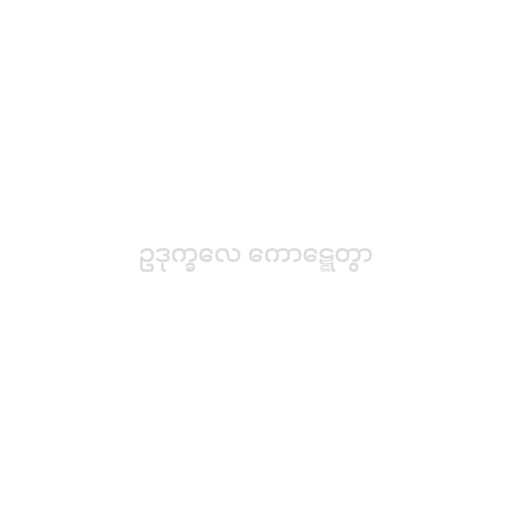
ဥဒုက္ခလေ ကောဋ္ဋေတွာ